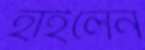
হাইলেন